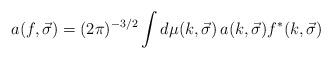
LaTeX: \begin{align*}a(f, \vec{\sigma}) = (2\pi)^{-3/2}\int d\mu(k,\vec{\sigma})\,a(k,\vec{\sigma})f^{\ast}(k, \vec{\sigma}) \end{align*}